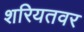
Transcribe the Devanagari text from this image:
शरियतवर